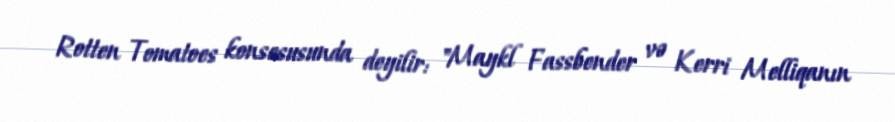
Rotten Tomatoes konsesusunda deyilir: "Maykl Fassbender və Kerri Melliqanın